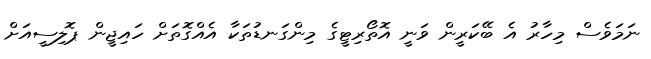
ނަމަވެސް މިހާރު އެ ބޭކަރީން ވަނީ އޮތޯރިޓީގެ މިންގަނޑުތަކާ އެއްގޮތަށް ހައިޖީން ޕޮލިސީއަށް